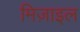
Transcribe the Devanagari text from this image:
मिज़ाइल